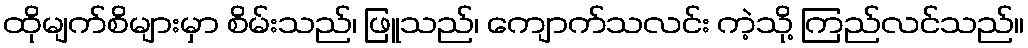
ထိုမျက်စိများမှာ စိမ်းသည်၊ ဖြူသည်၊ ကျောက်သလင်း ကဲ့သို့ ကြည်လင်သည်။